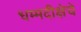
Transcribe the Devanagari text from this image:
धम्मदीक्षेचे